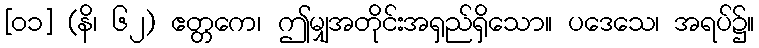
[၀၁] (နိ၊ ၆၂) ဧတ္တကေ၊ ဤမျှအတိုင်းအရှည်ရှိသော။ ပဒေသေ၊ အရပ်၌။